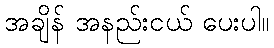
အချိန် အနည်းငယ် ပေးပါ။